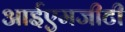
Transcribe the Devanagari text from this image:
आईएमजीटी